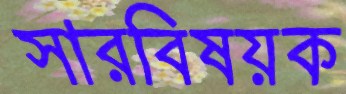
সারবিষয়ক